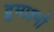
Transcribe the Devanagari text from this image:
द्रुमाश्मों